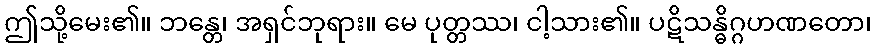
ဤသို့မေး၏။ ဘန္တေ၊ အရှင်ဘုရား။ မေ ပုတ္တဿ၊ ငါ့သား၏။ ပဋိသန္ဓိဂ္ဂဟဏတော၊